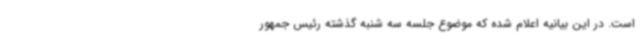
است. در این بیانیه اعلام شده که موضوع جلسه سه شنبه گذشته رئیس جمهور